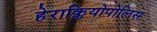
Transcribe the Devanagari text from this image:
हेराक्लियोपोलिस